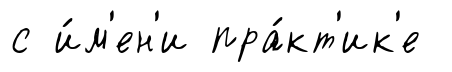
с и́м'ен'и пра́кт'ик'е